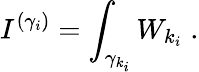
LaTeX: I^{(\gamma_{i})}=\int_{{\gamma}_{k_{i}}}W_{k_{i}}\; .